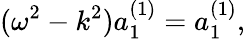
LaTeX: (\omega^{2}-k^{2})a_{1}^{(1)}=a_{1}^{(1)},